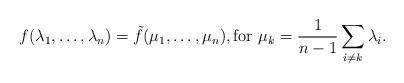
LaTeX: \begin{align*} f(\lambda_1, \ldots, \lambda_n) = \tilde{f}(\mu_1, \ldots, \mu_n), \textrm{for }\mu_k = \frac{1}{n-1}\sum_{i\ne k} \lambda_i. \end{align*}